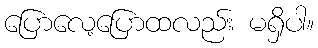
ပြောလေ့ပြောထလည်း မရှိပါ။